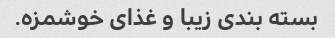
بسته بندی زیبا و غذای خوشمزه.